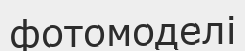
фотомоделі